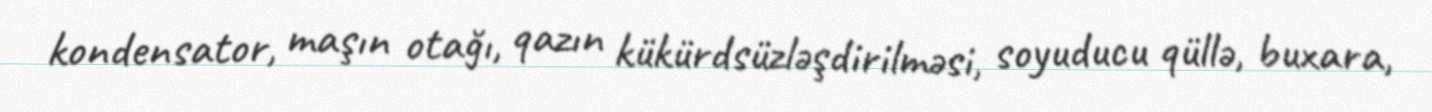
kondensator, maşın otağı, qazın kükürdsüzləşdirilməsi, soyuducu qüllə, buxara,